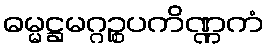
ဓမ္မဋ္ဌမဂ္ဂဉ္စပကိဏ္ဏကံ